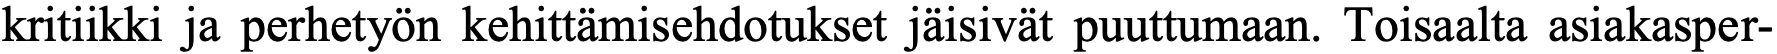
kritiikki ja perhetyön kehittämisehdotukset jäisivät puuttumaan. Toisaalta asiakasper-